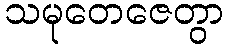
သမုတေဇေတွာ